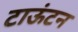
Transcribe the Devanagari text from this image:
टाऊंटन